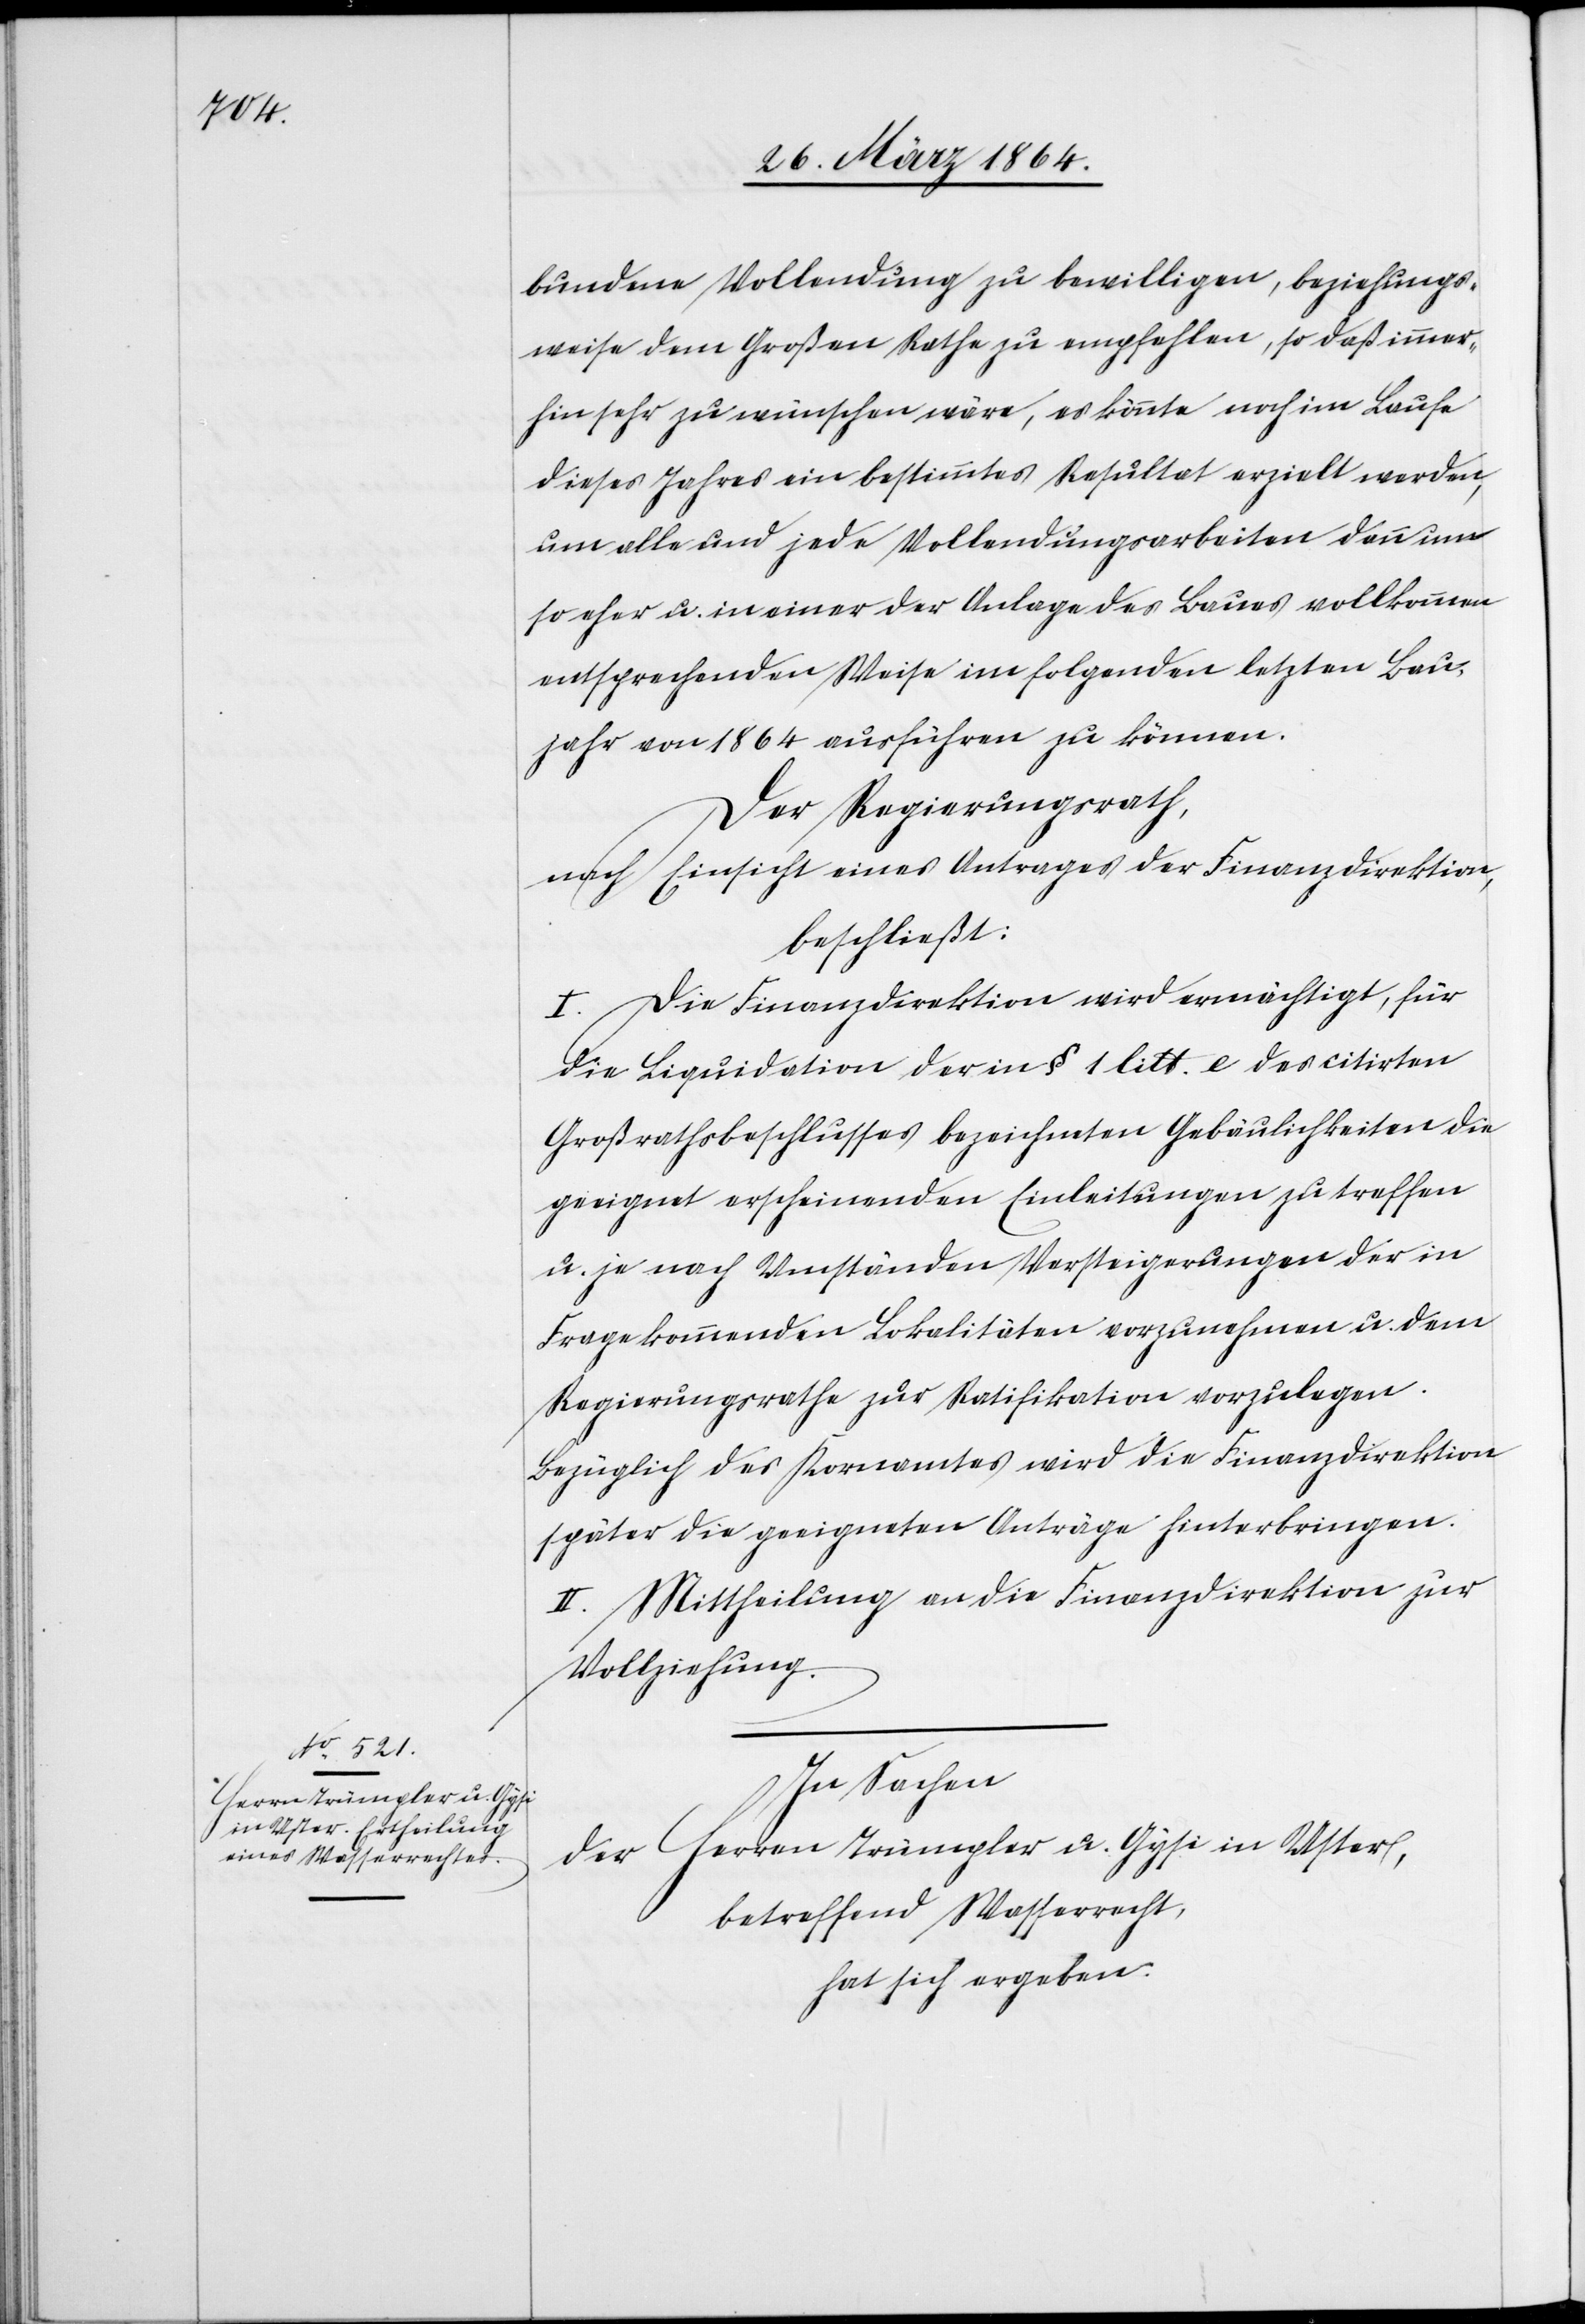
bundene Vollendung zu bewilligen, beziehungs¬
weise dem Großen Rathe zu empfehlen, so daß immer¬
hin sehr zu wünschen wäre, es könnte noch im Laufe
dieses Jahres ein bestimmtes Resultat erzielt werden,
um alle und jede Vollendungsarbeiten dann um
so eher u. in einer der Anlage des Baues vollkommen
entsprechenden Weise im folgenden letzten Bau¬
jahr von 1864 ausführen zu können.
Der Regierungsrath,
nach Einsicht eines Antrages der Finanzdirektion,
beschließt:
I. Die Finanzdirektion wird ermächtigt, für
die Liquidation der in § 1 litt. e des citirten
Großrathsbeschlusses bezeichneten Gebäulichkeiten die
geeignet erscheinenden Einleitungen zu treffen
u. je nach Umständen Versteigerungen der in
Frage kommenden Lokalitäten vorzunehmen u. dem
Regierungsrathe zur Ratifikation vorzulegen.
Bezüglich des Kornamtes wird die Finanzdirektion
später die geeigneten Anträge hinterbringen.
II. Mittheilung an die Finanzdirektion zur
Vollziehung.
In Sachen
der Herren Trümpler u. Gysi in Uster,
betreffend Wasserrecht,
hat sich ergeben.